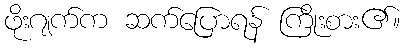
ဖိုးဂျက်က ဆက်ပြောရန် ကြိုးစား၏။